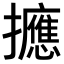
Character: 𪯂